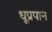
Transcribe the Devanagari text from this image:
धूप्रपान